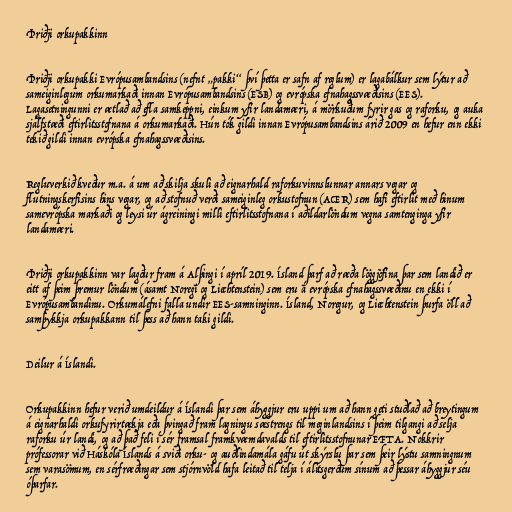
Þriðji orkupakkinn

Þriðji orkupakki Evrópusambandsins (nefnt „pakki“ því þetta er safn af reglum) er lagabálkur sem lýtur að
sameiginlegum orkumarkaði innan Evrópusambandsins (ESB) og evrópska efnahagssvæðisins (EES).
Lagasetningunni er ætlað að efla samkeppni, einkum yfir landamæri, á mörkuðum fyrir gas og raforku, og auka
sjálfstæði eftirlitsstofnana á orkumarkaði. Hún tók gildi innan Evrópusambandsins árið 2009 en hefur enn ekki
tekið gildi innan evrópska efnahagssvæðisins.

Regluverkið kveður m.a. á um að skilja skuli að eignarhald raforkuvinnslunnar annars vegar og
flutningskerfisins hins vegar, og að stofnuð verði sameiginleg orkustofnun (ACER) sem hafi eftirlit með hinum
samevrópska markaði og leysi úr ágreiningi milli eftirlitsstofnana í aðildarlöndum vegna samtenginga yfir
landamæri.

Þriðji orkupakkinn var lagður fram á Alþingi í apríl 2019. Ísland þarf að ræða löggjöfina þar sem landið er
eitt af þeim þremur löndum (ásamt Noregi og Liechtenstein) sem eru á evrópska efnahagssvæðinu en ekki í
Evrópusambandinu. Orkumálefni falla undir EES-samninginn. Ísland, Noregur, og Liechtenstein þurfa öll að
samþykkja orkupakkann til þess að hann taki gildi.

Deilur á Íslandi.

Orkupakkinn hefur verið umdeildur á Íslandi þar sem áhyggjur eru uppi um að hann geti stuðlað að breytingum
á eignarhaldi orkufyrirtækja eða þvingað fram lagningu sæstrengs til meginlandsins í þeim tilgangi að selja
raforku úr landi, og að það feli í sér framsal framkvæmdavalds til eftirlitsstofnunar EFTA. Nokkrir
prófessorar við Háskóla Íslands á sviði orku- og auðlindamála gáfu út skýrslu þar sem þeir lýstu samningnum
sem varasömum, en sérfræðingar sem stjórnvöld hafa leitað til telja í álitsgerðum sínum að þessar áhyggjur séu
óþarfar.